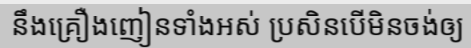
នឹងគ្រឿងញៀនទាំងអស់ ប្រសិនបើមិនចង់ឲ្យ